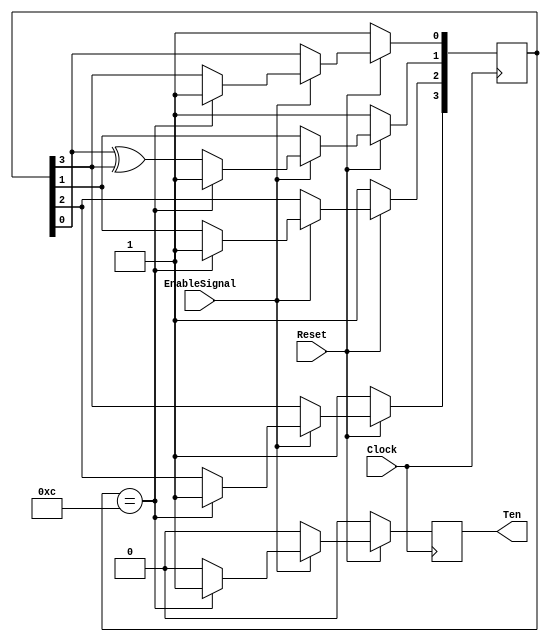
module CountTo10LFSR(EnableSignal, Clock, Reset, Ten);
	input EnableSignal;
	input Clock, Reset;
	output Ten;

	reg Ten;
	reg [3:0] LFSR;
	wire feedback = LFSR[3];

	always @ (posedge Clock)
		begin
			if(Reset == 1'b0)
				begin
					LFSR <= 4'b1111;
					Ten <= 1'b0;
				end
			else if(EnableSignal == 1'b1)
				begin
					if(LFSR == 4'b1100) 
						begin
							LFSR <= 4'b1111;
							Ten <= 1'b1;
						end
					else
						begin
						    LFSR[0] <= feedback;
							LFSR[1] <= LFSR[0] ^ feedback;
							LFSR[2] <= LFSR[1];
							LFSR[3] <= LFSR[2];

							Ten <= 1'b0;
						end
				end
			else
				begin
					Ten <= 1'b0;
				end
		end

endmodule